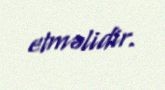
etməlidir.